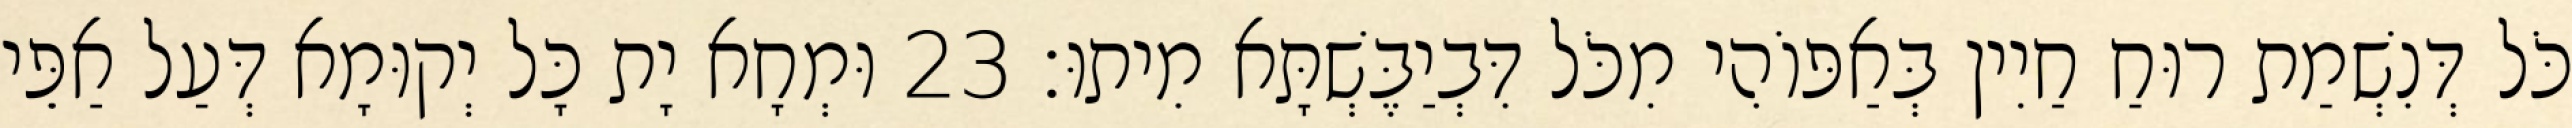
כֹּל דְּנִשְׁמַת רוּחַ חַיִין בְּאַפּוֹהִי מִכֹּל דִּבְיַבֶּשְׁתָּא מִיתוּ׃ 23 וּמְחָא יָת כָּל יְקוּמָא דְּעַל אַפֵּי